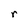
Character: r